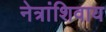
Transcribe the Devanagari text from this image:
नेत्रांशिवाय